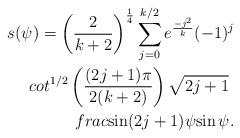
LaTeX: \begin{align*}s(\psi) = \left(\frac{2}{k+2} \right)^{\frac{1}{4}}\sum_{j=0}^{k/2} e^{\frac{-j^2}{k}} (-1)^j \\cot^{1/2} \left(\frac{(2j+1)\pi}{2(k+2)} \right) \sqrt{2j+1} \ \\frac{\sin(2j+1)\psi}{\sin\psi}.\end{align*}